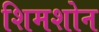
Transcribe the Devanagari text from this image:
शिमशोन